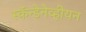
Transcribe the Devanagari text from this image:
स्कॅन्डेनेव्हीयन